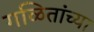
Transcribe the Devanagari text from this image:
गळितांच्या